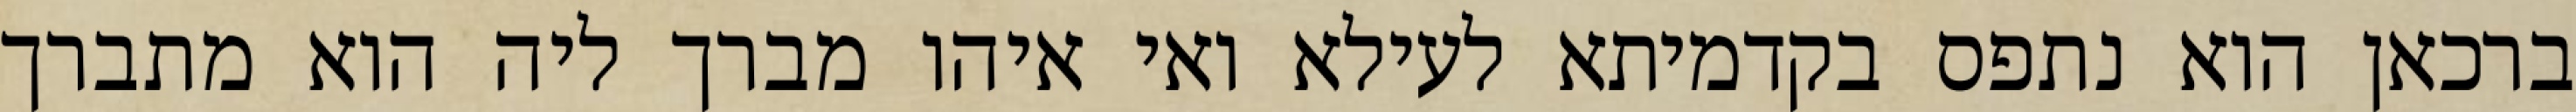
ברכאן הוא נתפס בקדמיתא לעילא ואי איהו מברך ליה הוא מתברך